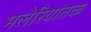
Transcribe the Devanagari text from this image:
मलेरियांतक